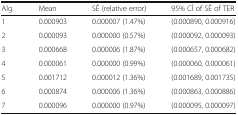
<table><thead><tr><td><b>Alg.</b></td><td><b>Mean</b></td><td><b>SÊ (relative error)</b></td><td><b>95% CÎ of SÊ of TER</b></td></tr></thead><tbody><tr><td>1</td><td>0.000903</td><td>0.000007 (1.47%)</td><td>(0.000890, 0.000916)</td></tr><tr><td>2</td><td>0.000093</td><td>0.000000 (0.57%)</td><td>(0.000092, 0.000093)</td></tr><tr><td>3</td><td>0.000668</td><td>0.000006 (1.87%)</td><td>(0.000657, 0.000682)</td></tr><tr><td>4</td><td>0.000061</td><td>0.000000 (0.99%)</td><td>(0.000060, 0.000061)</td></tr><tr><td>5</td><td>0.001712</td><td>0.000012 (1.36%)</td><td>(0.001689, 0.001735)</td></tr><tr><td>6</td><td>0.000874</td><td>0.000006 (1.36%)</td><td>(0.000863, 0.000886)</td></tr><tr><td>7</td><td>0.000096</td><td>0.000000 (0.97%)</td><td>(0.000095, 0.000097)</td></tr></tbody></table>